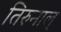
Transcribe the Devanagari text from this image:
तिरुनाल्